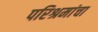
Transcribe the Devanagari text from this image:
परिश्रमांचा